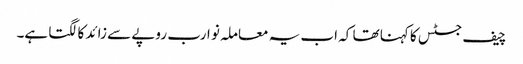
چیف جسٹس کا کہنا تھا کہ اب یہ معاملہ نو ارب روپے سے زائد کا لگتا ہے۔